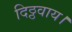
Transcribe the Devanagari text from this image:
दिठ्ठवाय।